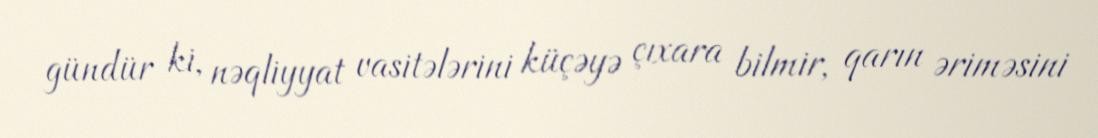
gündür ki, nəqliyyat vasitələrini küçəyə çıxara bilmir, qarın əriməsini